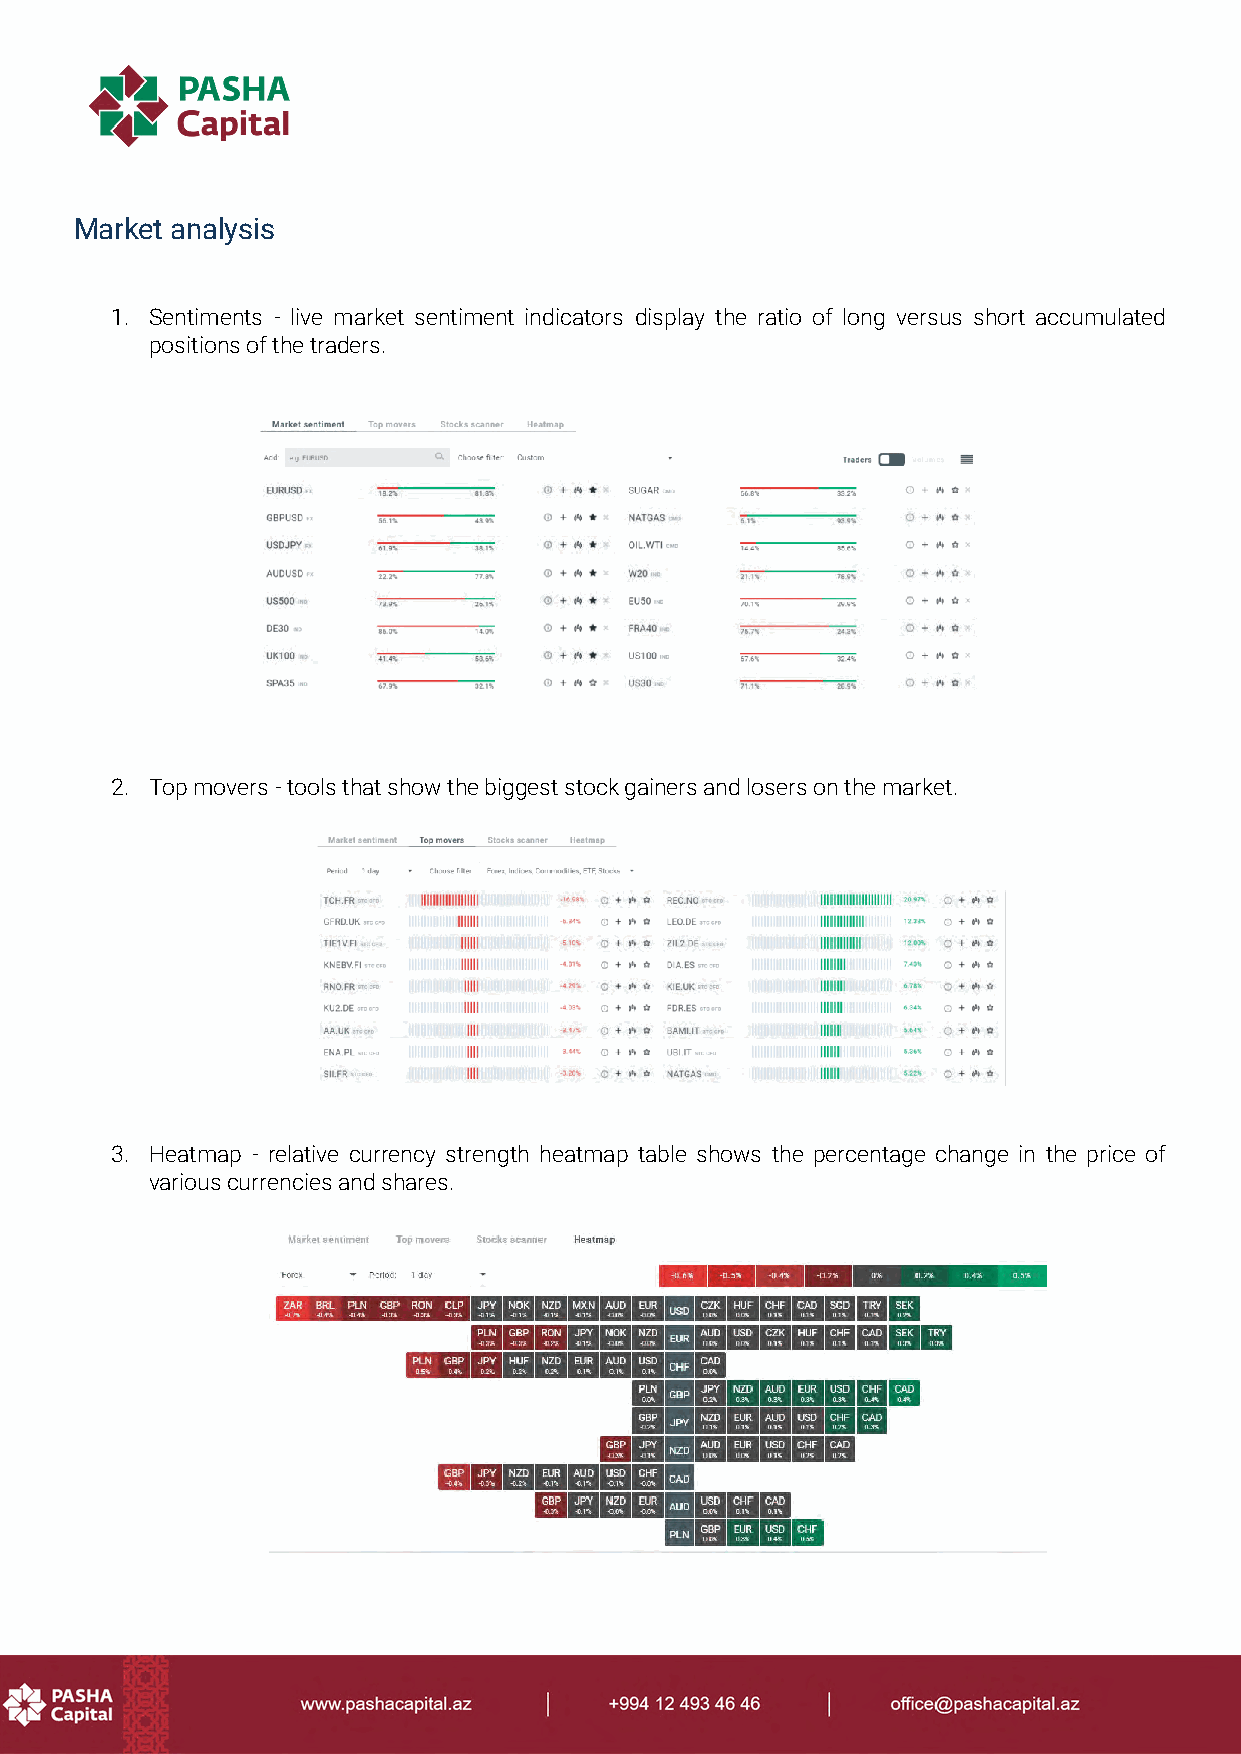
Market analysis
 1. Sentiments - live market sentiment indicators display the ratio of long versus short accumulated
 positions of the traders.
 2. Top movers - tools that show the biggest stock gainers and losers on the market.
 3. Heatmap - relative currency strength heatmap table shows the percentage change in the price of
 various currencies and shares.